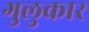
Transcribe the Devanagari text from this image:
गुलुकार